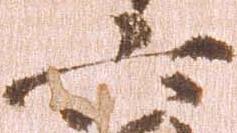
六